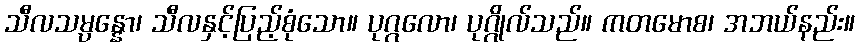
သီလသမ္ပန္နော၊ သီလနှင့်ပြည့်စုံသော။ ပုဂ္ဂလော၊ ပုဂ္ဂိုလ်သည်။ ကတမောစ၊ အဘယ်နည်း။